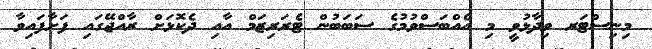
މިނިސްޓަރ ވިދާޅުވީ މި އެއްބަސްވުމުގެ ސަބަބުން ޓެރަރިޒަމް އާއި ދެކޮޅަށް ރާއްޖޭގައި ފަށާފައިވާ